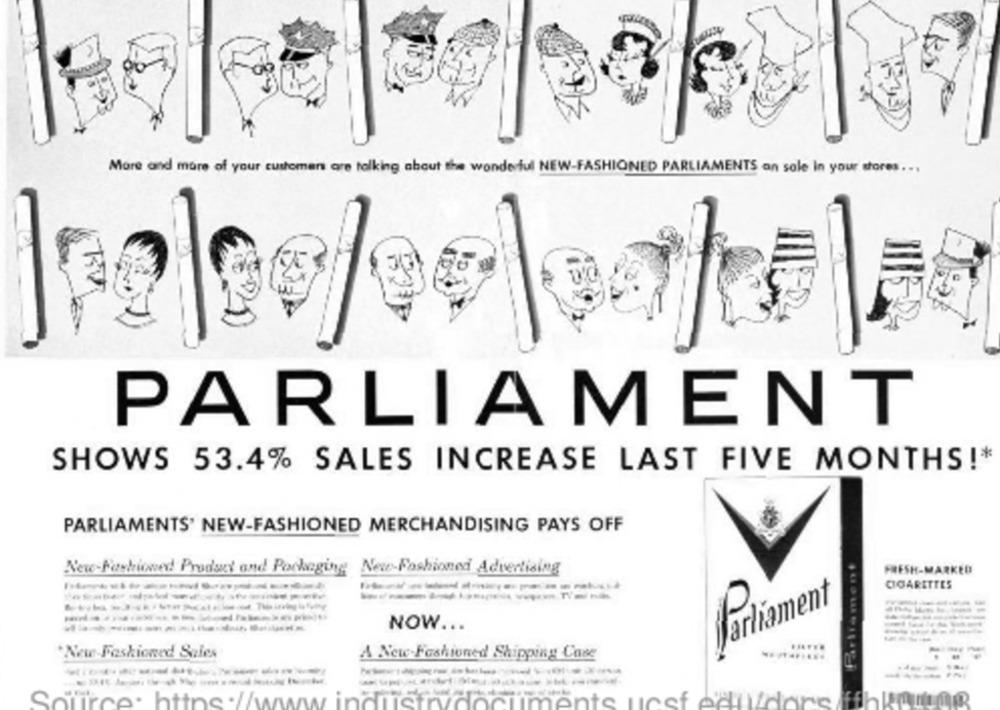
More and more of your customen are talking about the wonderful NEW-FASHIONED PARLIAMENTS an sole In your stores ...
15.25
PARLIAMENT
SHOWS 53.4% SALES INCREASE LAST FIVE MONTHS !*
PARLIAMENTS' NEW-FASHIONED MERCHANDISING PAYS OFF
New-Fashioned Product and Packaging New-Fashioned Advertising
FRESH-MARKED
CIGARETTES
--------- T --
Parliament
P
----------
NOW ...
----
.....
New-Fashioned Sules
A New-Fashioned Shipping Cose
.. ........